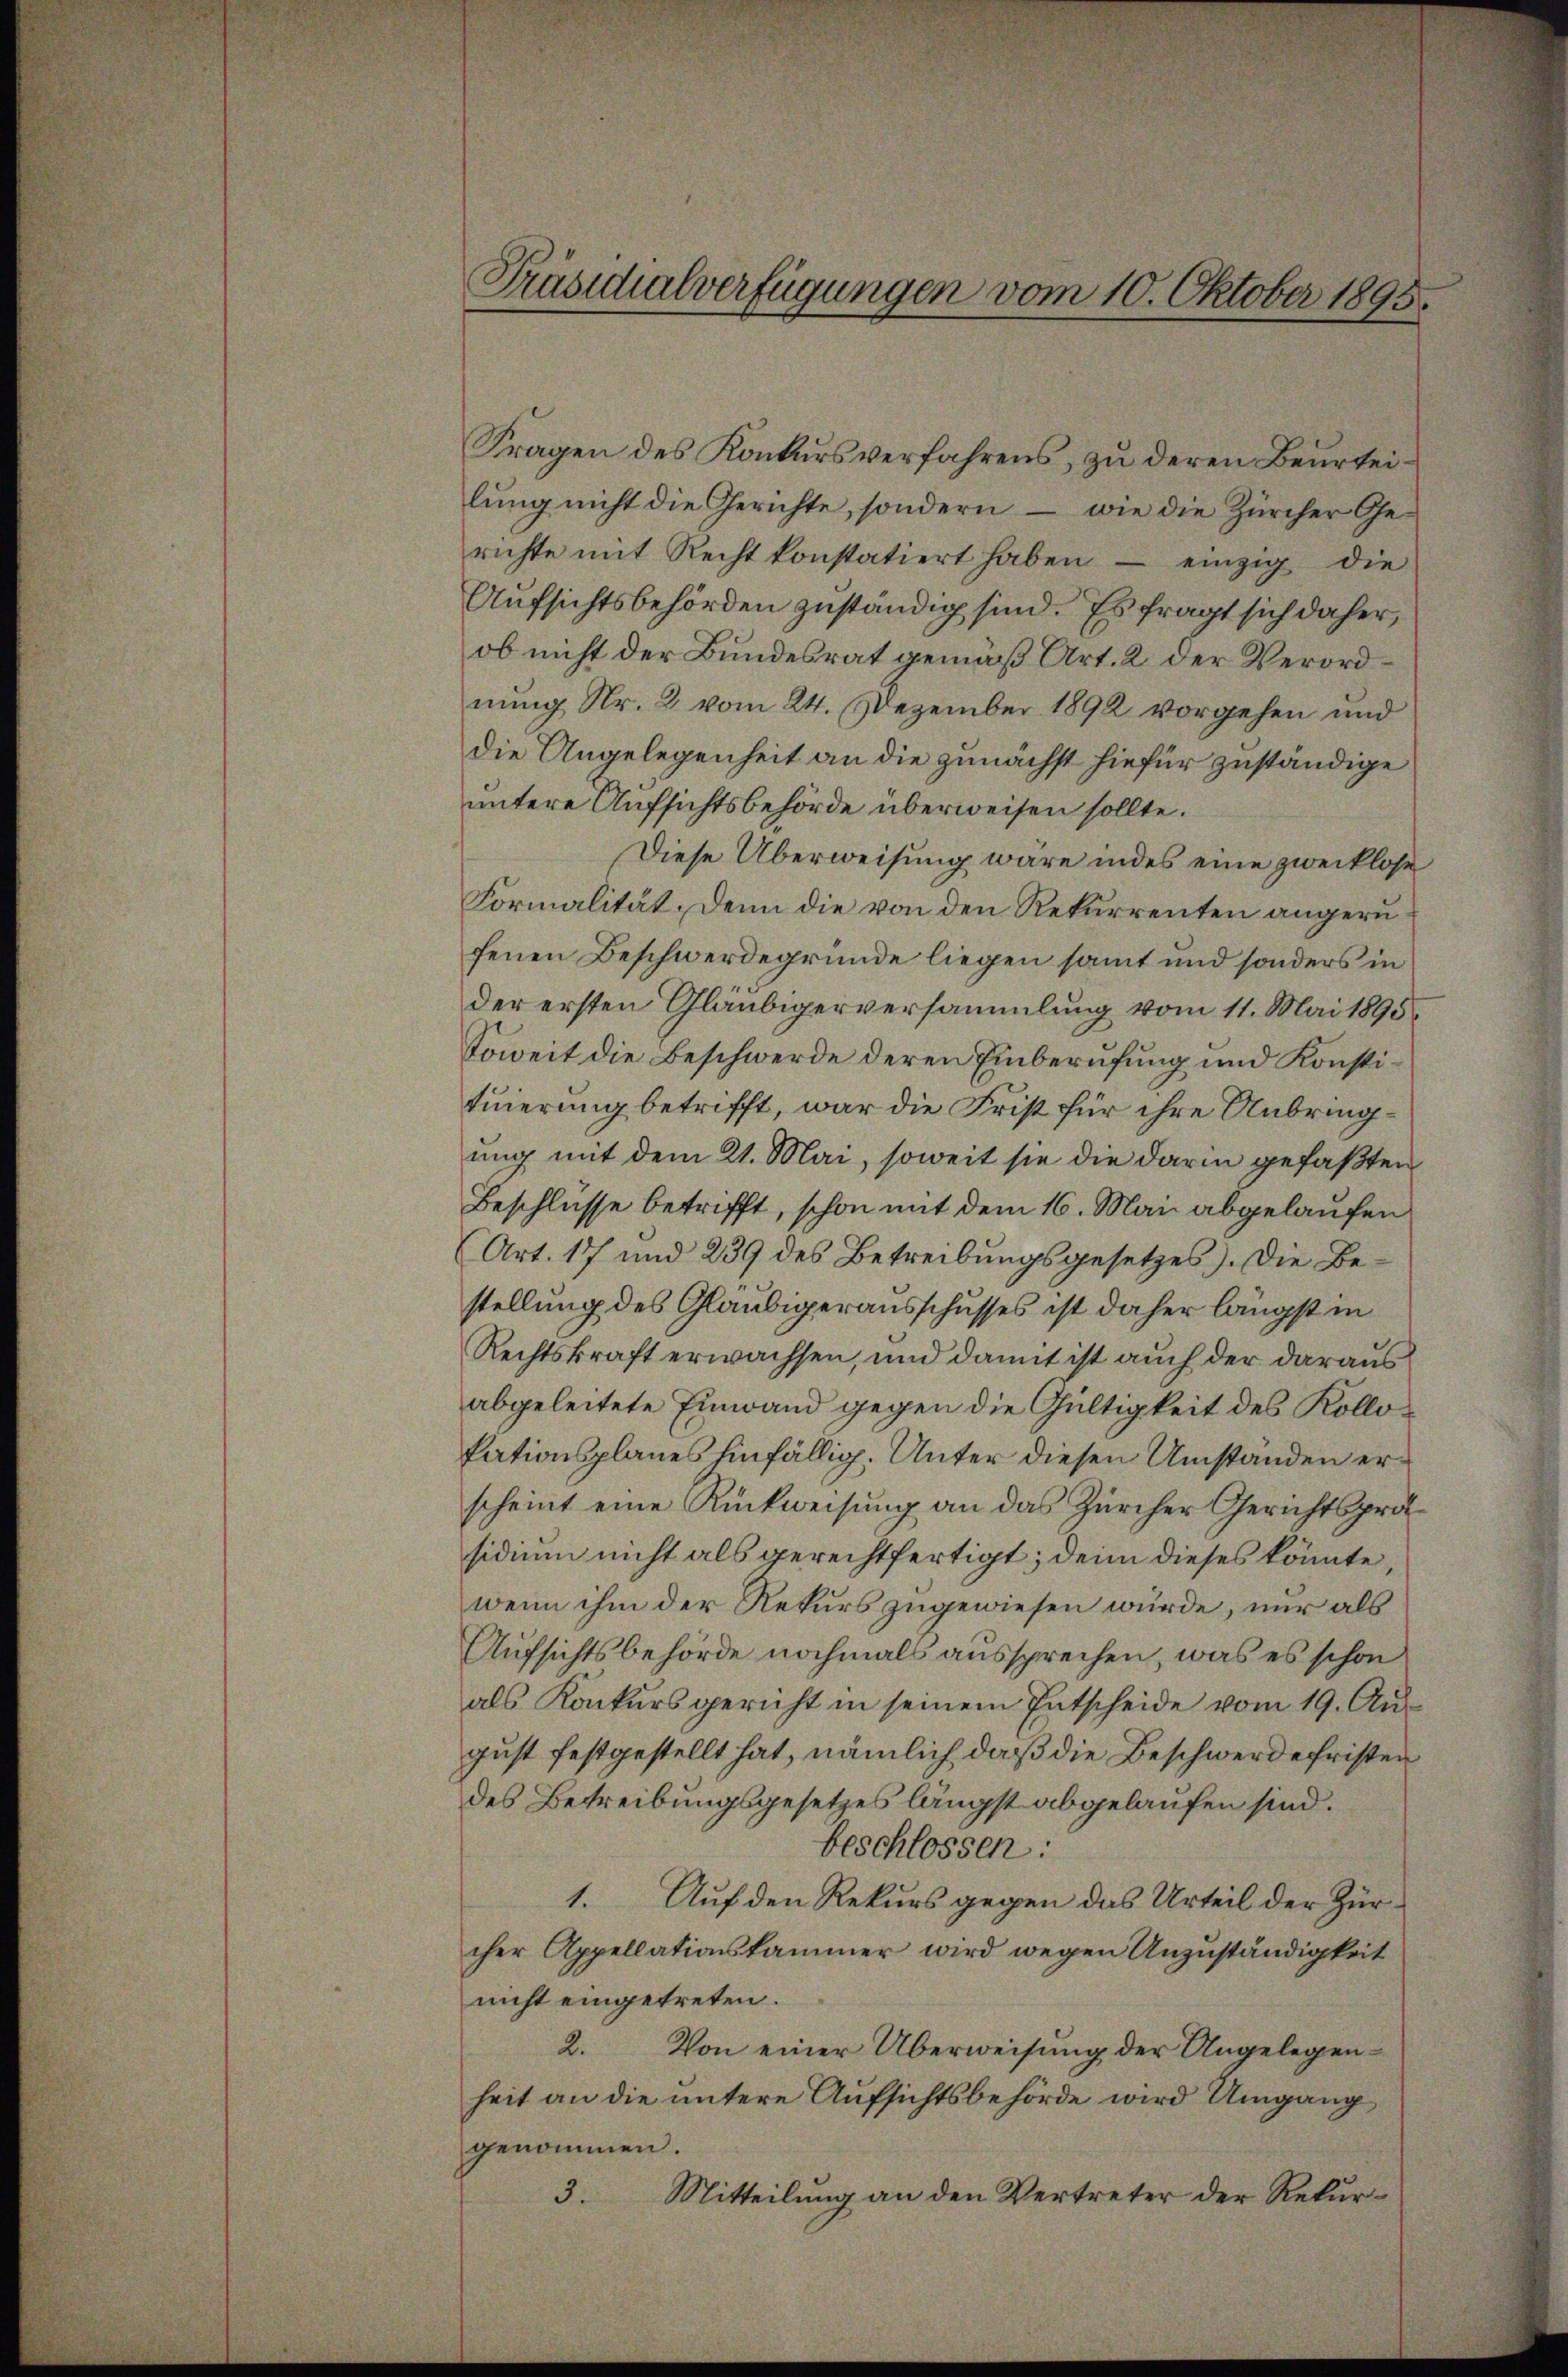
Präsidialverfügungen vom 10. Oktober 1895.

Fragen des Konkursverfahrens, zŭ deren Beurteilŭng nicht die Gerichte, sondern - wie die Zürcher Ge-
richte mit Recht konstatiert haben - einzig die
Aufsichtsbehörden zuständig sind. Es fragt sich daher,
ob nicht der Bundesrat gemäß Art. 2 der Verordnung Nr. 2 vom 24. Dezember 1892 vorgehen und
die Angelegenheit an die zunächst hiefür zuständige
untere Aufsichtsbehörde überweisen sollte.
Diese Überweisung wäre indes eine zwecklose
Formalität. Denn die von den Rekurrenten angern
fenen Beschwerdegrunde liegen sammt und sonders in
der ersten Gläubigerversammlung vom 11. Mai 1895
Soweit die Beschwerde deren Einberufung und Konstituierung betrifft, war die Frist für ihre Anbringung mit dem 21. Mai, soweit sie die darin gefaßten
Beschlüsse betrifft, schon mit dem 16. Mai abgelaufen
(Art. 17 und 239 des Betreibungsgesetzes). Die Bestellung des Gläubigerausschusses ist daher längst in
Rechtskraft erwachsen, und damit ist auch der daraus
abgeleitete Einwand gegen die Gültigkeit des Kollokationsplanes hinfällig. Unter diesen Umstanden erscheint eine Rückweisung an das Zürcher Gerichtspräsidium nicht als gerechtfertigt; denn dieses könnte,
wenn ihm der Rekurs zugewiesen würde, nur als
Aufsichtsbehörde nochmals aussprechen, was es schon
als Konkursgericht in seinem Entscheide vom 19. Aus
gust festgestellt hat, nämlich, daß die Beschwerde fristen
des Betreibungsgesetzes längst abgelaufen sind.
beschlossen:
1. Auf den Rekurs gegen das Urteil der Zürcher Appellationskammer wird wegen Anzuständigkeit
nicht eingetreten.
2. Von einer Überweisung der Angelegenheit an die untere Aufsichtsbehörde wird Umgang
genommen.
3. Mitteilung an den Vertreter der Rekur¬